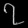
Digit: ၇